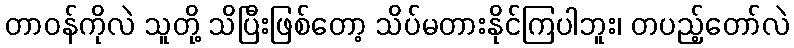
တာဝန်ကိုလဲ သူတို့ သိပြီးဖြစ်တော့ သိပ်မတားနိုင်ကြပါဘူး၊ တပည့်တော်လဲ